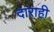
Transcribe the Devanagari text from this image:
दाराही